65_HS1-834228961_62-HQ-83894_Section_9
Agency: FBI
Page 275
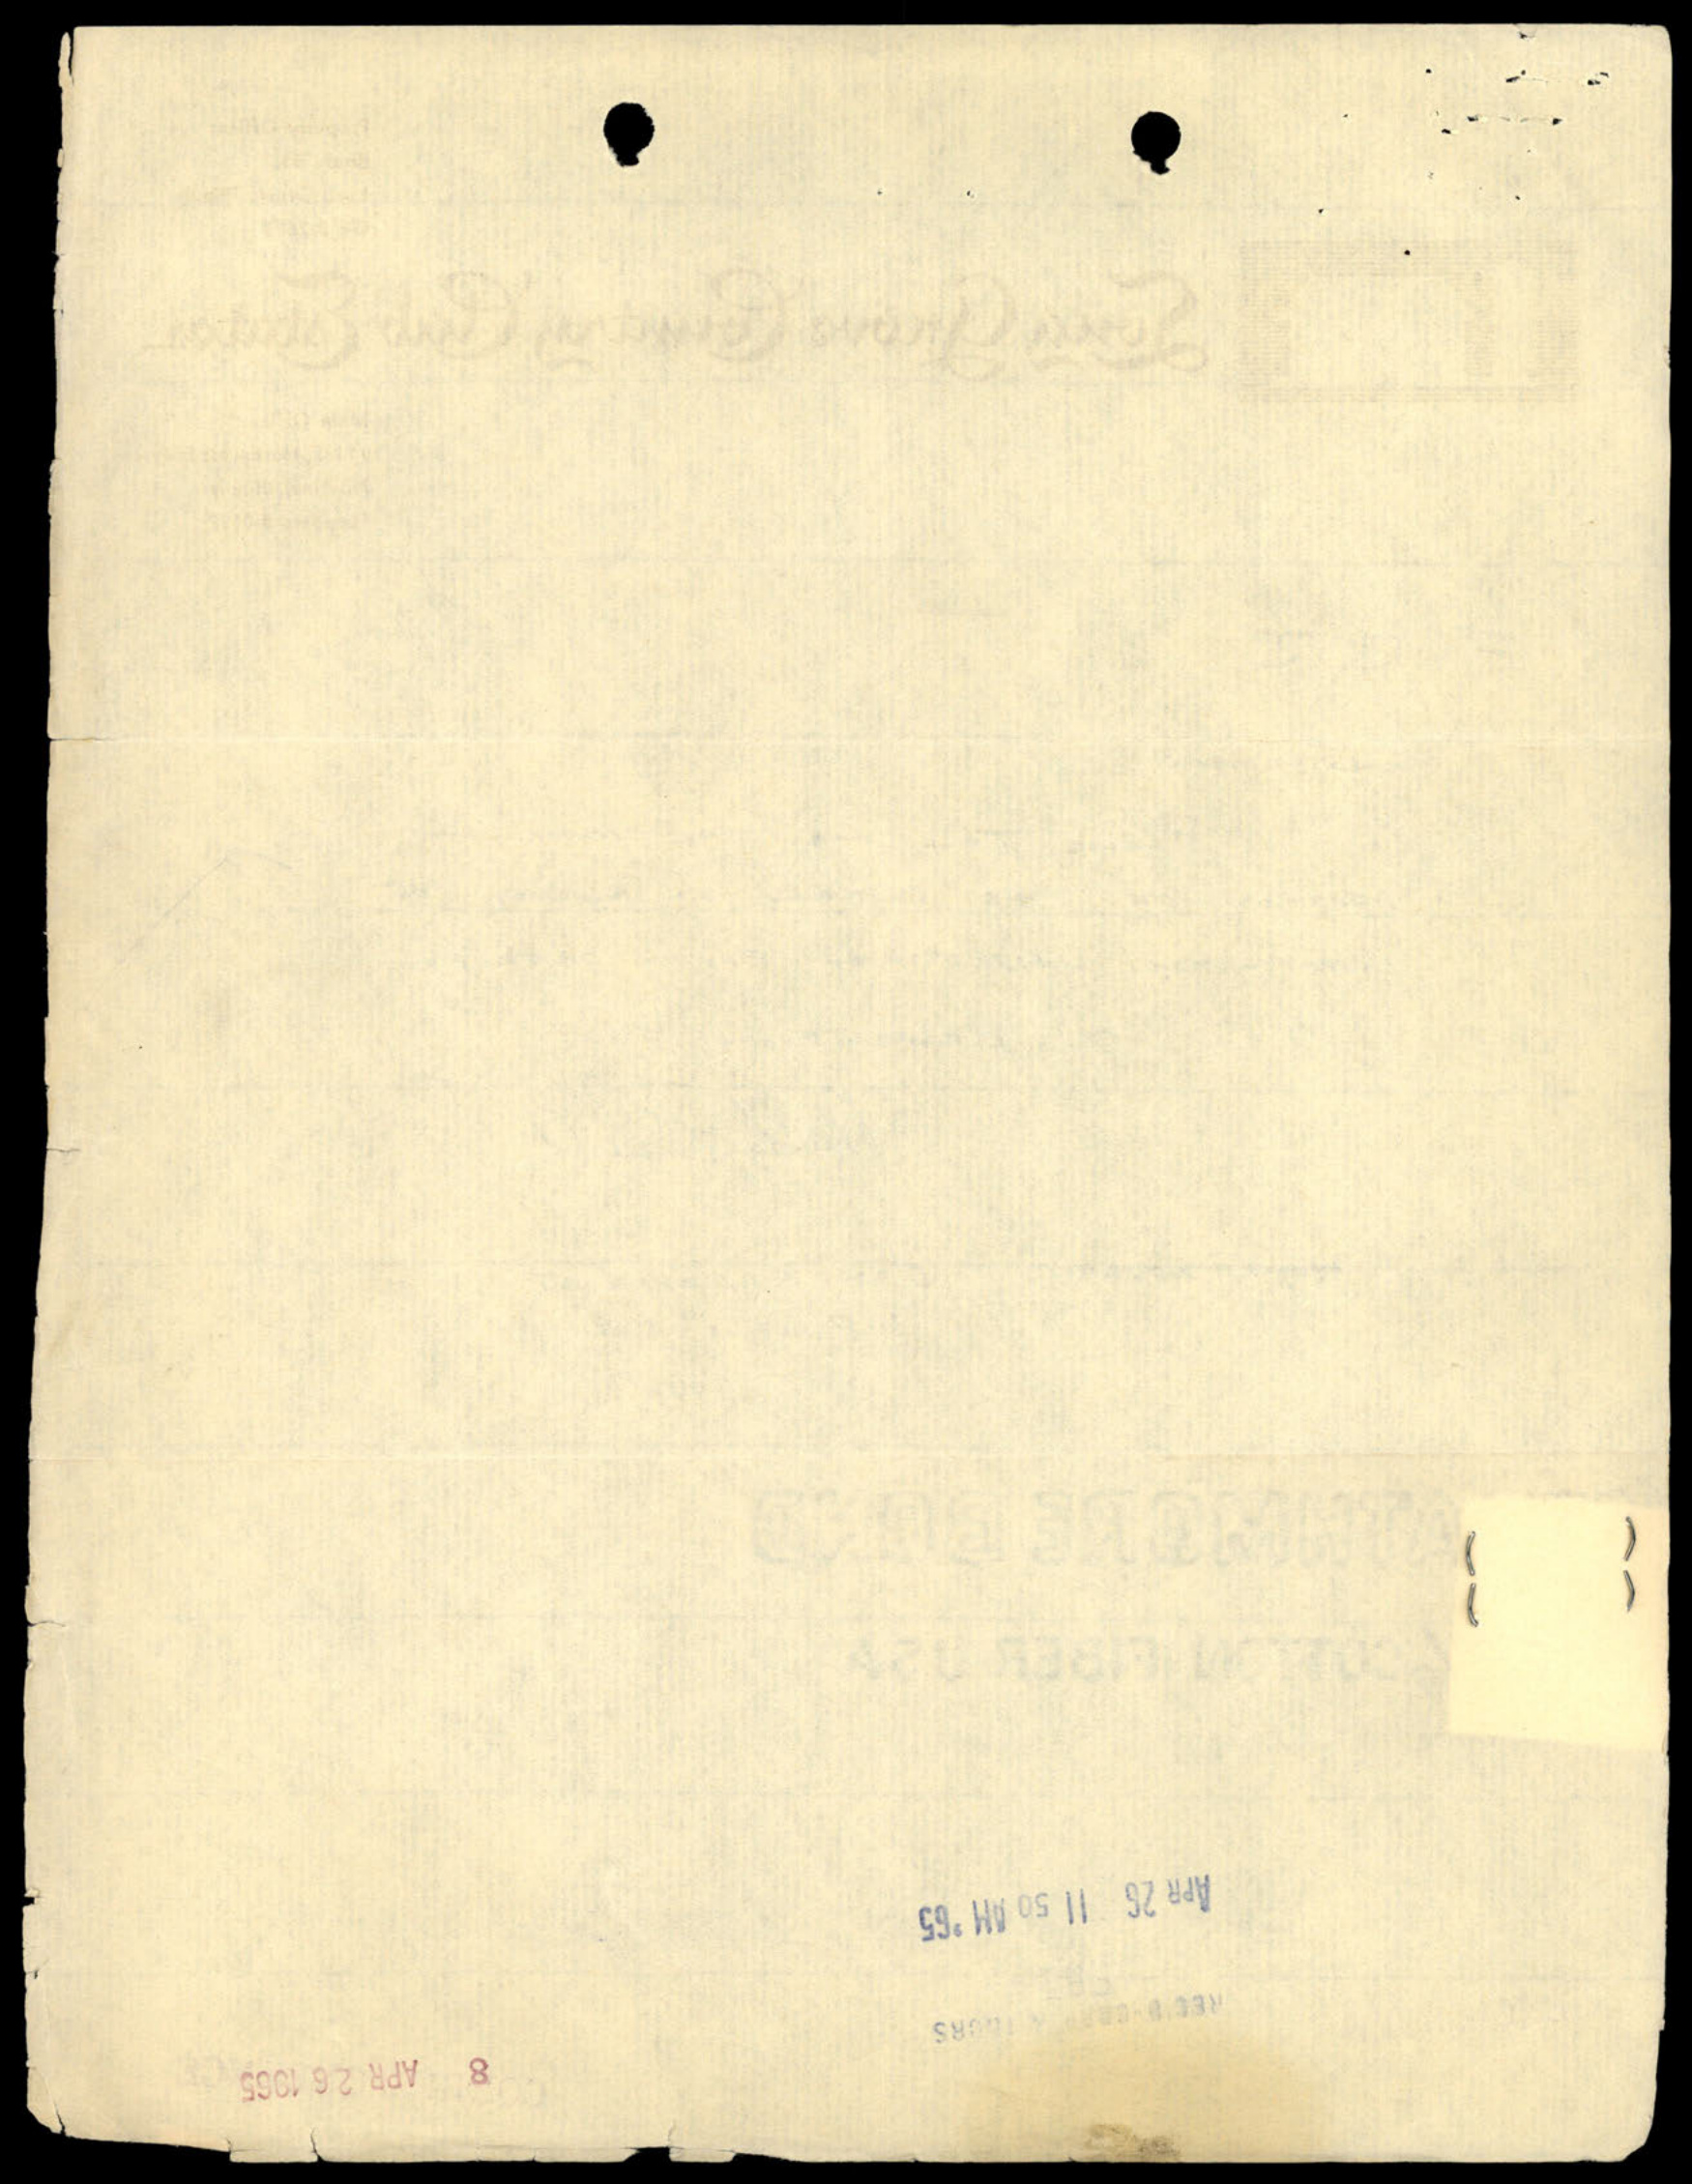